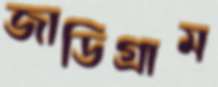
জাডিগ্রাম